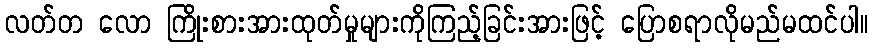
လတ်တ လော ကြိုးစားအားထုတ်မှုများကိုကြည့်ခြင်းအားဖြင့် ပြောစရာလိုမည်မထင်ပါ။